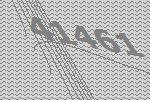
41461